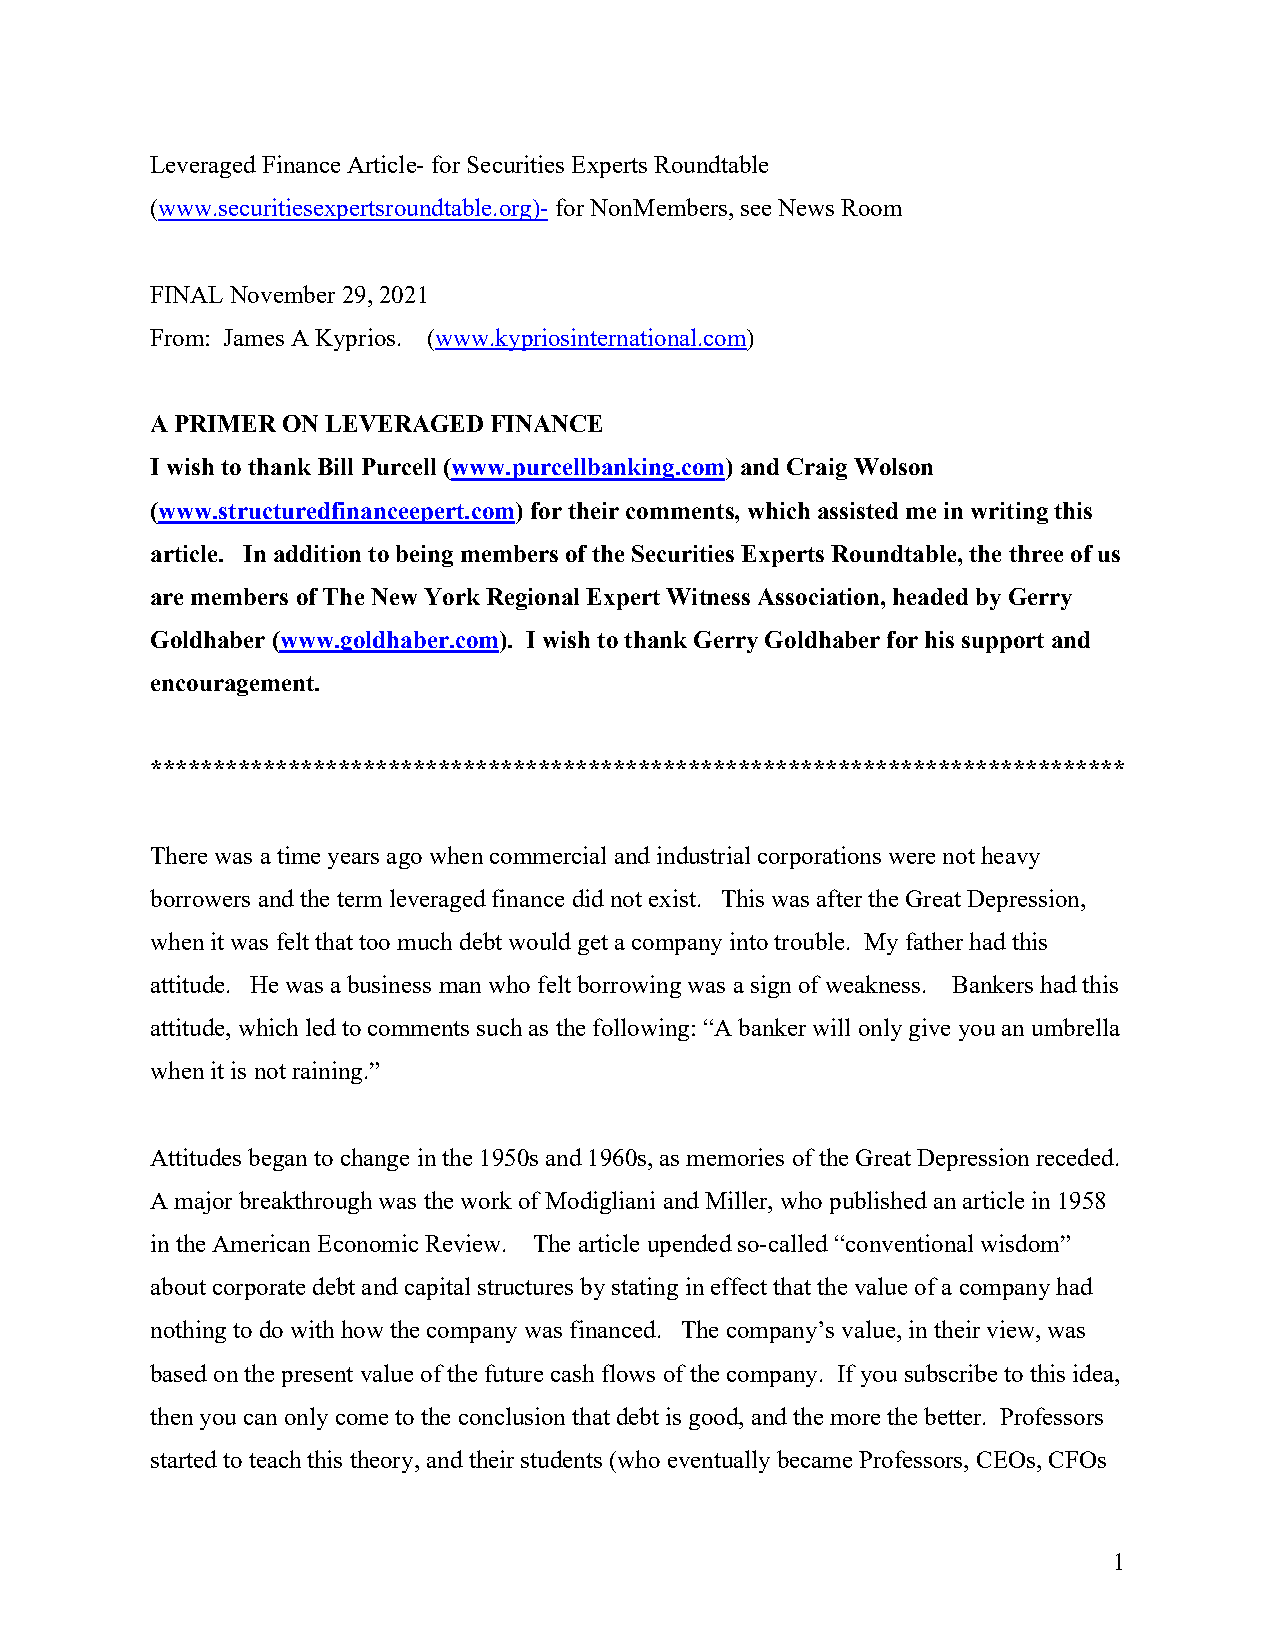
Leveraged Finance Article- for Securities Experts Roundtable
 (www.securitiesexpertsroundtable.org)- for NonMembers, see News Room
 FINAL November 29, 2021
 From: James A Kyprios. (www.kypriosinternational.com)
 A PRIMER ON LEVERAGED FINANCE
 I wish to thank Bill Purcell (www.purcellbanking.com) and Craig Wolson
 (www.structuredfinanceepert.com) for their comments, which assisted me in writing this
 article. In addition to being members of the Securities Experts Roundtable, the three of us
 are members of The New York Regional Expert Witness Association, headed by Gerry
 Goldhaber (www.goldhaber.com). I wish to thank Gerry Goldhaber for his support and
 encouragement.
 ******************************************************************************
 There was a time years ago when commercial and industrial corporations were not heavy
 borrowers and the term leveraged finance did not exist. This was after the Great Depression,
 when it was felt that too much debt would get a company into trouble. My father had this
 attitude. He was a business man who felt borrowing was a sign of weakness. Bankers had this
 attitude, which led to comments such as the following: “A banker will only give you an umbrella
 when it is not raining.”
 Attitudes began to change in the 1950s and 1960s, as memories of the Great Depression receded.
 A major breakthrough was the work of Modigliani and Miller, who published an article in 1958
 in the American Economic Review. The article upended so-called “conventional wisdom”
 about corporate debt and capital structures by stating in effect that the value of a company had
 nothing to do with how the company was financed. The company’s value, in their view, was
 based on the present value of the future cash flows of the company. If you subscribe to this idea,
 then you can only come to the conclusion that debt is good, and the more the better. Professors
 started to teach this theory, and their students (who eventually became Professors, CEOs, CFOs
 1